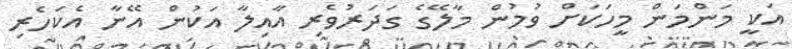
އަކީ މަންމަން މީހަކަށް ވުމުން މާލޭގެ ގަދަރުވެރި އާއިލާ އަކުން އޭނާ އެކަހެރި